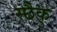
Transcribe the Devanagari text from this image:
स्छैक्